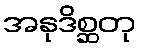
အနုဒိစ္ဆတု